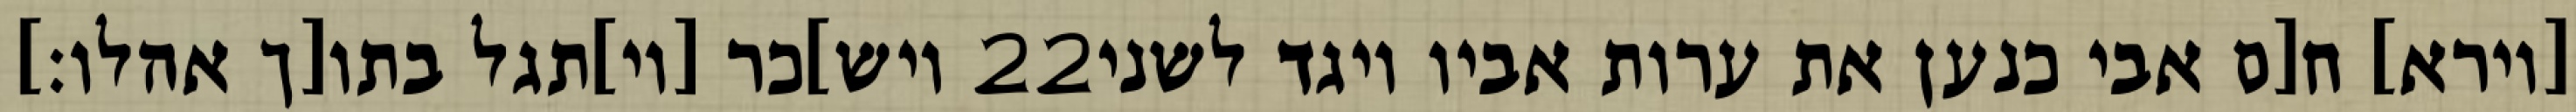
ויש]כר [וי]תגל בתו[ך אהלו׃] ‎22‏ [וירא] ח[ם אבי כנען את ערות אביו ויגד לשני